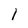
Character: 1